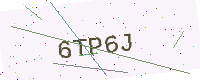
Text: 6TP6J